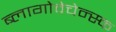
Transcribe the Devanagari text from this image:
ब्लागोवेचेन्स्क